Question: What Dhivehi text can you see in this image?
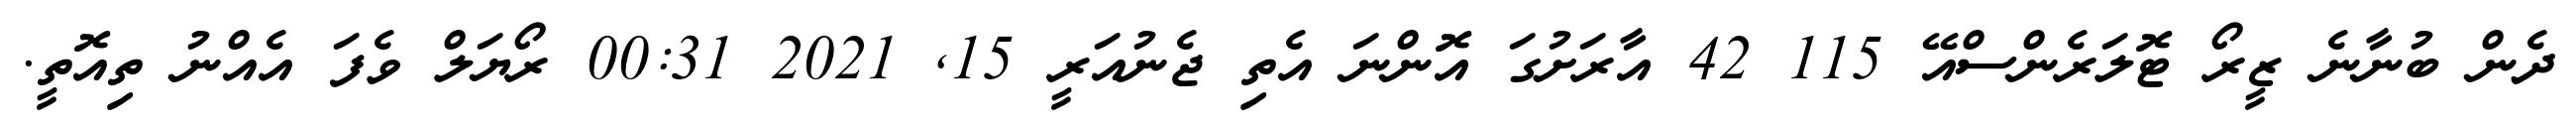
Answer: ދެން ބުނާނެ ޒީރޯ ޓޮލަރެންސްއޭ 115 42 އާރަށުގަ އޮންނަ އެތި ޖެނުއަރީ 15, 2021 00:31 ރޯޔަލް ވެފަ އެއްނު ތިއޮތީ.